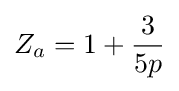
Z_{a}=1+{\frac {3}{5p}}